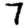
Digit: 7